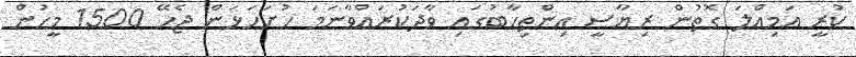
ކުރީ އަމިއްލަ ގޮތުން ރިޔާސީ އިންތިހާބުގައި ވާދަކުރައްވާނަމަ ހުށަހަޅަން ޖެހޭ 1500 މީހުން